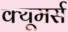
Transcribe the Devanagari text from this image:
क्यूमर्स